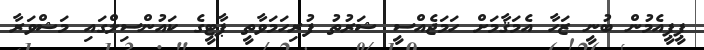
ޕީޕީއެމުން ބުނީ ޒަހާ އެމަޤާމަށް ހަމަޖެއްސީ ޝަރުތު ފުރިހަމަވާތީ ޕާޓީގެ ކައުންސިލްގައި މަޝްވަރާ